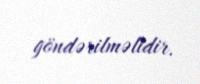
göndərilməlidir.